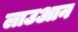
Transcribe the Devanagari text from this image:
लाउआन